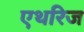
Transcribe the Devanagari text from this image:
एथरिज